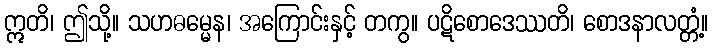
ဣတိ၊ ဤသို့။ သဟဓမ္မေန၊ အကြောင်းနှင့် တကွ။ ပဋိစောဒေဿတိ၊ စောဒနာလတ္တံ့။